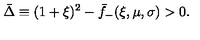
\bar { \Delta } \equiv ( 1 + \xi ) ^ { 2 } - \bar { f } _ { - } ( \xi , \mu , \sigma ) > 0 .